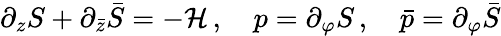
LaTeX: \partial_{z}S+\partial_{\bar{z}}\bar{S}=-{\cal H}\, ,\quad p=\partial_{\varphi}S\, ,\quad\bar{p}=\partial_{\varphi}\bar{S}